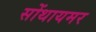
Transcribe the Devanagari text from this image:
सोंथायमर